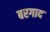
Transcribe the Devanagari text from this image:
बरगाद